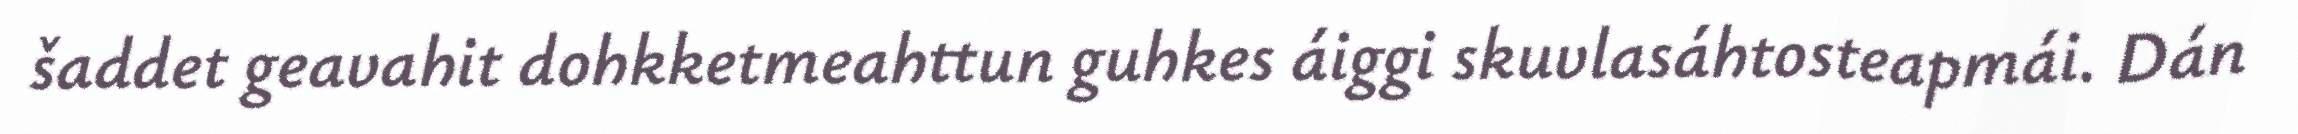
šaddet geavahit dohkketmeahttun guhkes áiggi skuvlasáhtosteapmái. Dán